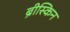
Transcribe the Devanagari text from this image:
ब्रीस्किन